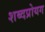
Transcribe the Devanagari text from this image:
शब्दप्रोयग